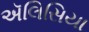
ઍલિસિયા